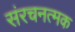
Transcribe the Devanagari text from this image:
संरचनत्मक